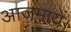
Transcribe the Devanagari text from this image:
आजमायें।